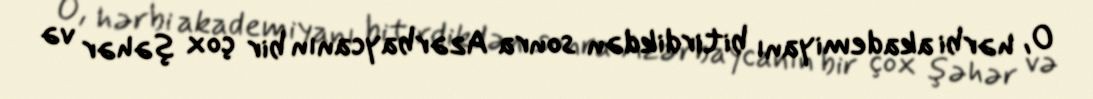
O, hərbi akademiyanı bitirdikdən sonra Azərbaycanın bir çox şəhər və